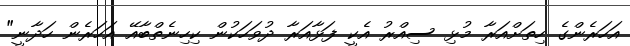
އަހަރެންގެ ހިތަށްއަރާ މުޅި ސިއްރު އެކީ ފަޅާއަރާ ދުވަހަކުން ކިހިނެތްބާއޭ އަހަރެން ހަދާނީ"